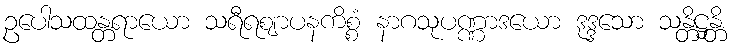
ဥပေါသထန္တရာယော သရီရဈာပနကိစ္စံ နာဂသုပဏ္ဏာဒယော ဒုဒ္ဒသော သန္တိဋ္ဌန္တိ